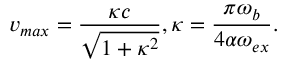
v _ { m a x } = \frac { \kappa c } { \sqrt { 1 + \kappa ^ { 2 } } } , \kappa = \frac { \pi \omega _ { b } } { 4 \alpha \omega _ { e x } } .